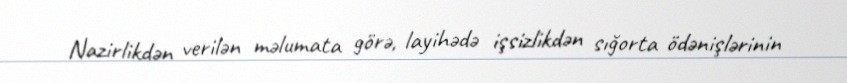
Nazirlikdən verilən məlumata görə, layihədə işsizlikdən sığorta ödənişlərinin